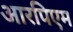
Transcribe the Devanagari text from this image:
आरपिएम